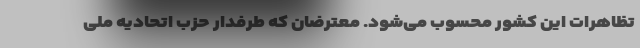
تظاهرات این کشور محسوب می‌شود. معترضان که طرفدار حزب اتحادیه ملی